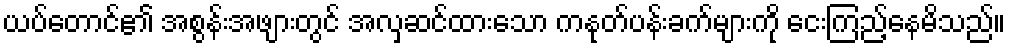
ယပ်တောင်၏ အစွန်းအဖျားတွင် အလှဆင်ထားသော ကနုတ်ပန်းခက်များကို ငေးကြည့်နေမိသည်။